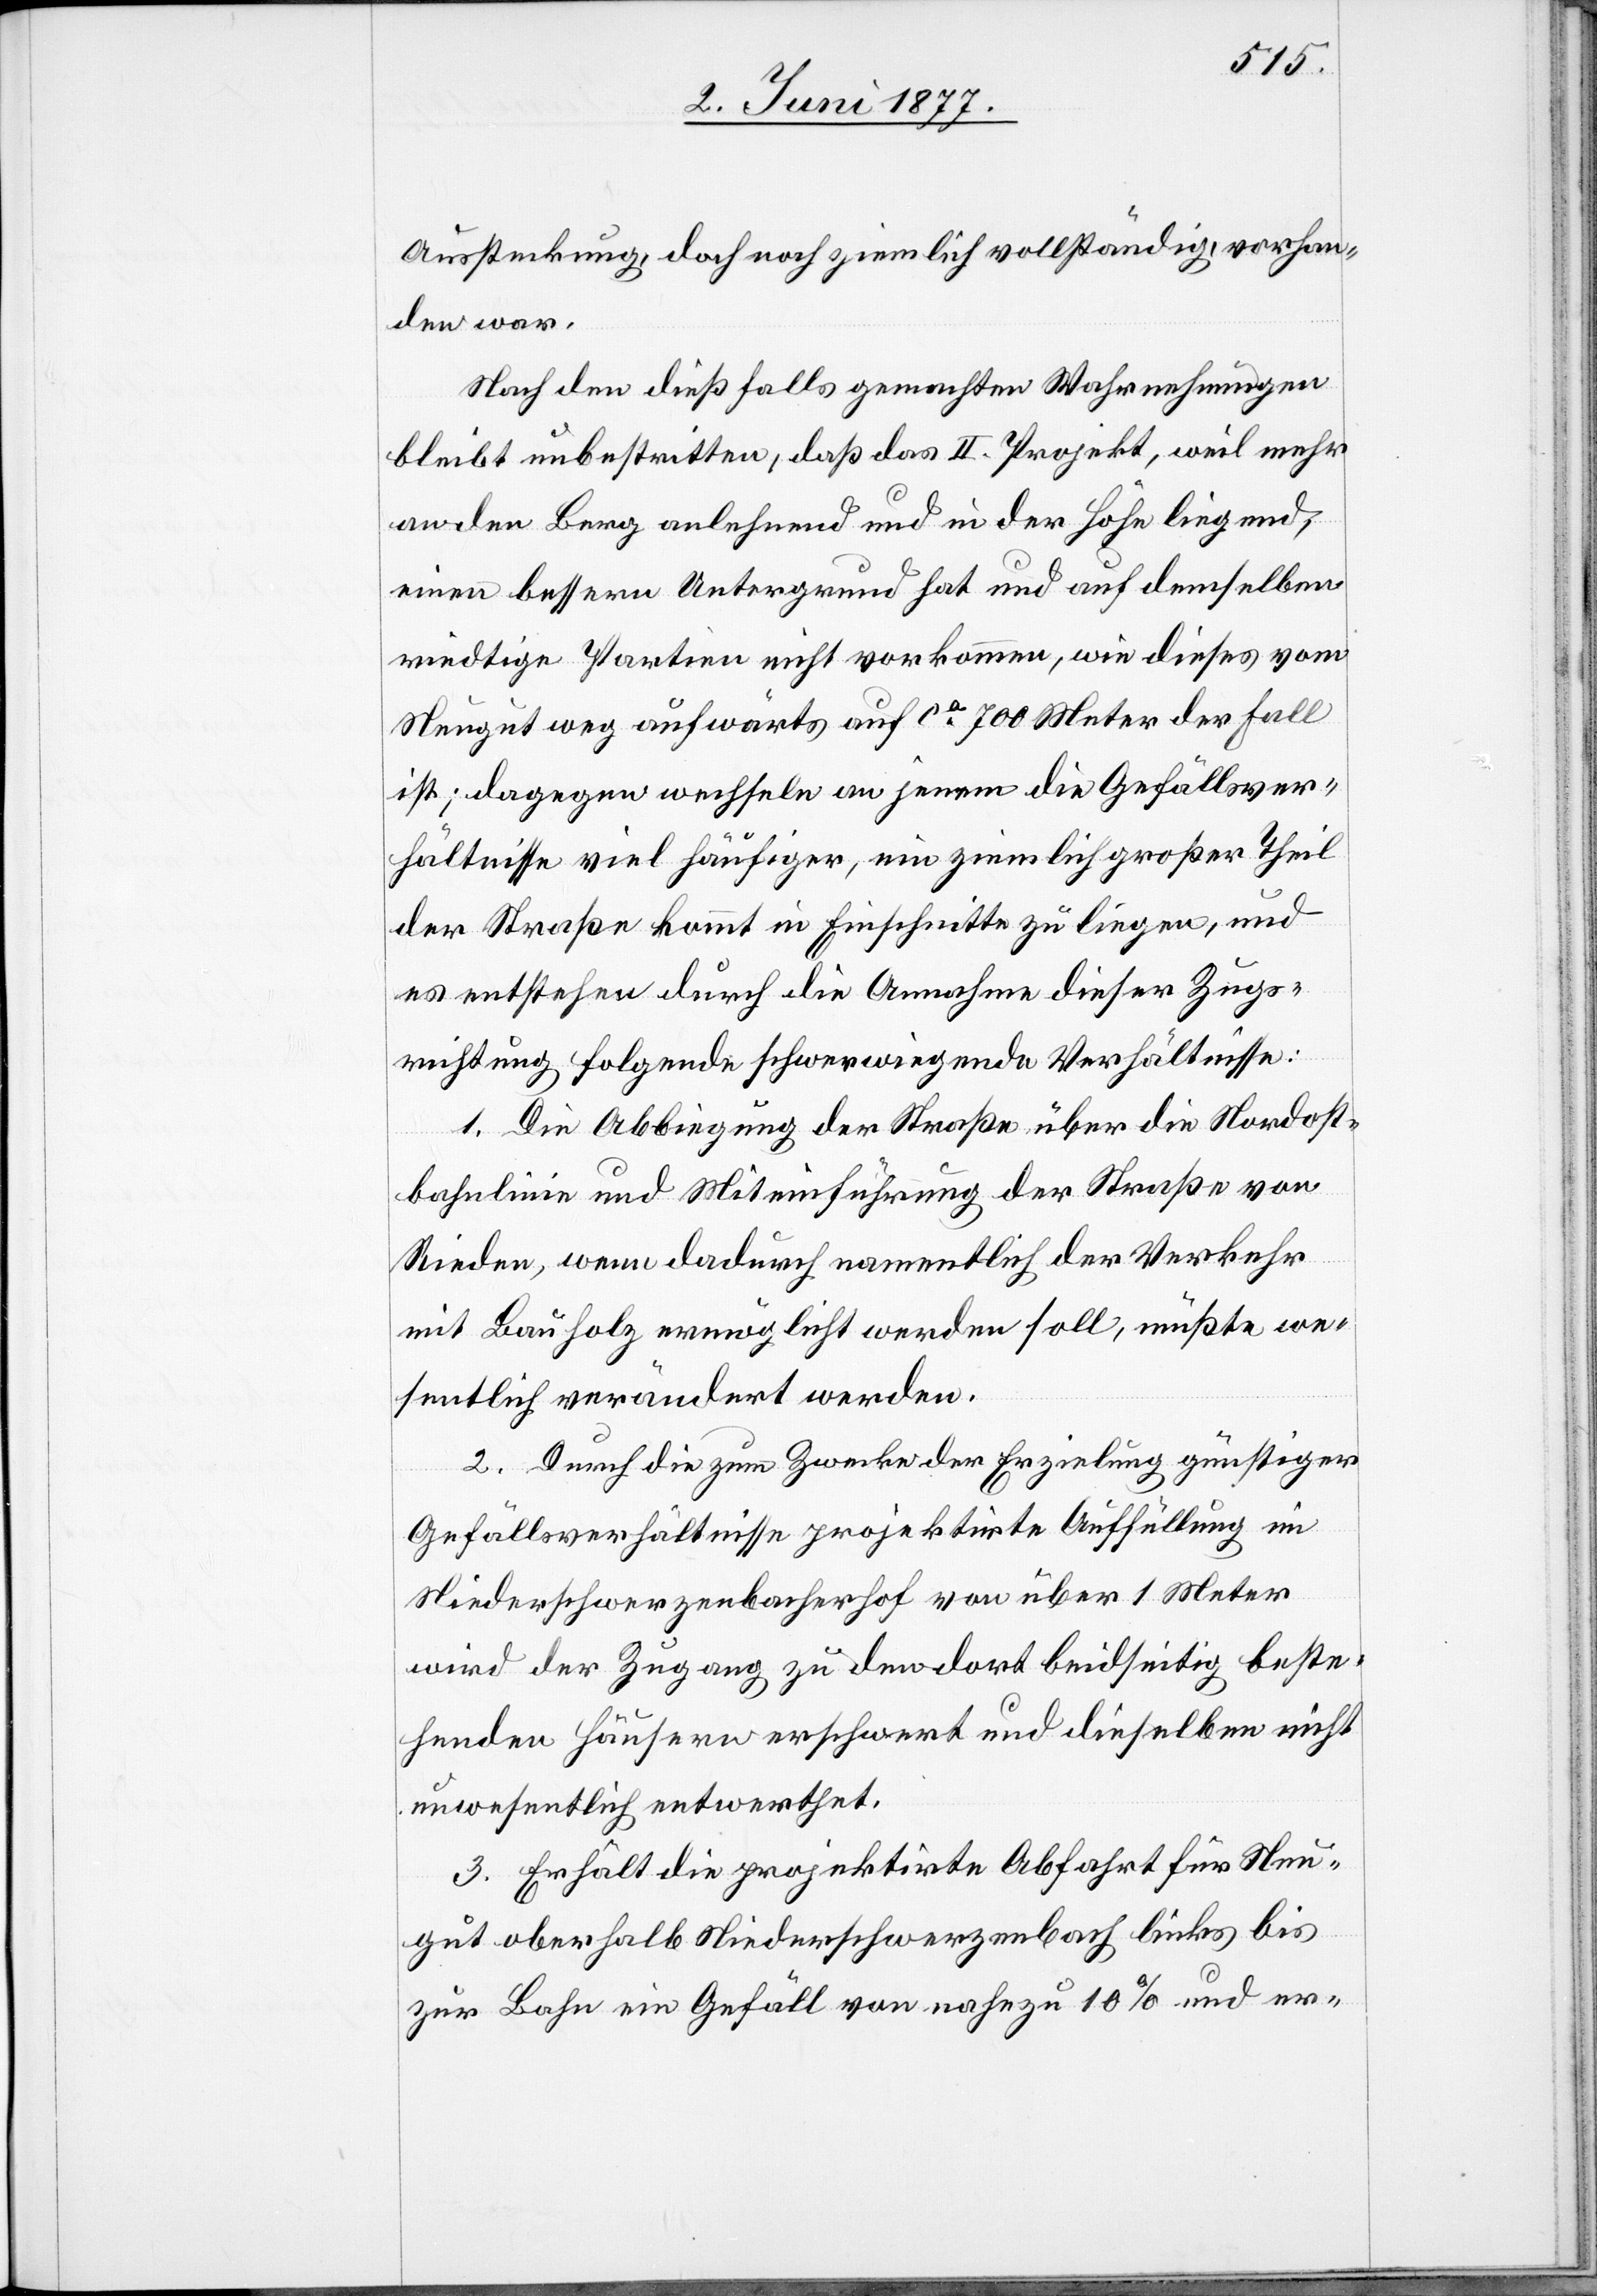
Aussteckung, doch noch ziemlich vollständig, vorhan¬
den war.
Nach den dießfalls gemachten Wahrnehmungen
bleibt unbestritten, daß das II. Projekt, weil mehr
an den Berg anlehnend und in der Höhe liegend,
einen bessern Untergrund hat und auf demselben
riedtige Partien nicht vorkommen, wie dieses vom
Neugut weg aufwärts auf ca 700 Meter der Fall
ist; dagegen wechseln an jenem die Gefällsver¬
hältnisse viel häufiger, ein ziemlich großer Theil
der Straße kommt in Einschnitte zu liegen, und
es entstehen durch die Annahme dieser Zugs¬
richtung folgende schwerwiegende Verhältnisse:
1. Die Abbiegung der Straße über die Nordost¬
bahnlinie und Miteinführung der Straße von
Rieden, wenn dadurch namentlich der Verkehr
mit Bauholz ermöglicht werden soll, müßte we¬
sentlich verändert werden.
2. Durch die zum Zwecke der Erzielung günstiger
Gefällsverhältnisse projektirte Auffüllung im
Niederschwerzenbacherhof von über 1 Meter
wird der Zugang zu den dort beidseitig beste¬
henden Häusern erschwert und dieselben nicht
unwesentlich entwerthet.
3. Erhält die projektirte Abfahrt für Neu¬
gut oberhalb Niederschwerzenbach links bis
zur Bahn ein Gefäll von nahezu 10% und er-